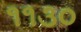
૧૧૩૦